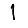
Digit: 1